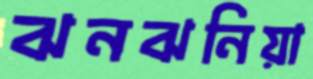
ঝনঝনিয়া